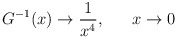
\begin{align*}G^{-1}(x)\rightarrow {1\over x^4}, ~~~~~ x \rightarrow 0\end{align*}